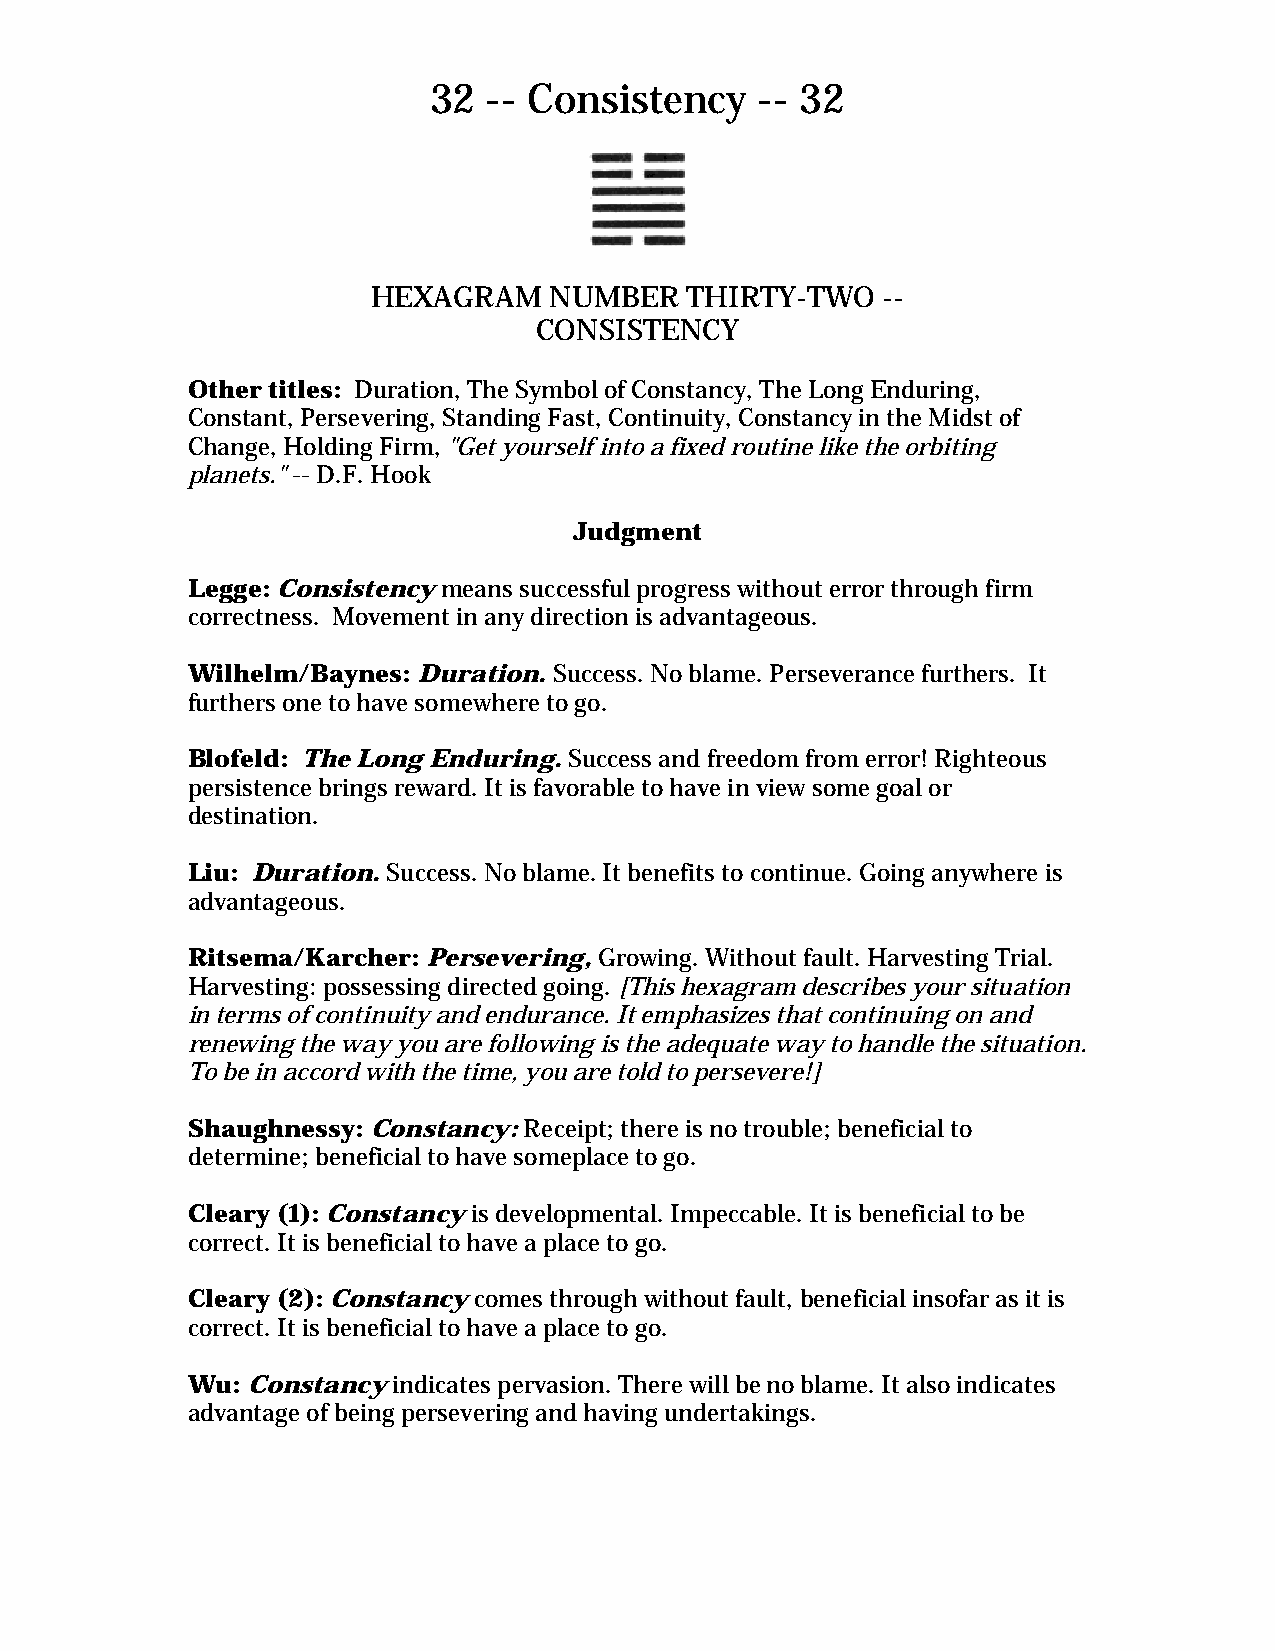
32  -- Consistency    -- 32
 HEXAGRAM   NUMBER   THIRTY-TWO   --
 CONSISTENCY
 Other titles: Duration, The Symbol of Constancy, The Long Enduring,
 Constant, Persevering, Standing Fast, Continuity, Constancy in the Midst of
 Change, Holding Firm, "Get yourself into a fixed routine like the orbiting
 planets." -- D.F. Hook
 Judgment
 Legge: Consistency means successful progress without error through firm
 correctness. Movement in any direction is advantageous.
 Wilhelm/Baynes: Duration. Success. No blame. Perseverance furthers. It
 furthers one to have somewhere to go.
 Blofeld: The Long Enduring. Success and freedom from error! Righteous
 persistence brings reward. It is favorable to have in view some goal or
 destination.
 Liu: Duration. Success. No blame. It benefits to continue. Going anywhere is
 advantageous.
 Ritsema/Karcher: Persevering, Growing. Without fault. Harvesting Trial.
 Harvesting: possessing directed going. [This hexagram describes your situation
 in terms of continuity and endurance. It emphasizes that continuing on and
 renewing the way you are following is the adequate way to handle the situation.
 To be in accord with the time, you are told to persevere!]
 Shaughnessy: Constancy: Receipt; there is no trouble; beneficial to
 determine; beneficial to have someplace to go.
 Cleary (1): Constancy is developmental. Impeccable. It is beneficial to be
 correct. It is beneficial to have a place to go.
 Cleary (2): Constancy comes through without fault, beneficial insofar as it is
 correct. It is beneficial to have a place to go.
 Wu: Constancy indicates pervasion. There will be no blame. It also indicates
 advantage of being persevering and having undertakings.